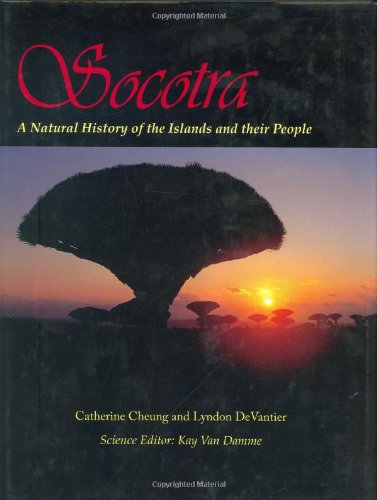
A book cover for Socotra: A Natural History of the Islands and Their People; Catherine Cheung; Travel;